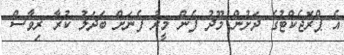
އެ ޕްރޮޖެކްޓުގެ ދަށުން މޫދު ފެން މީރު ފެނަށް ބަދަލު ކުރާ ރިވާސް